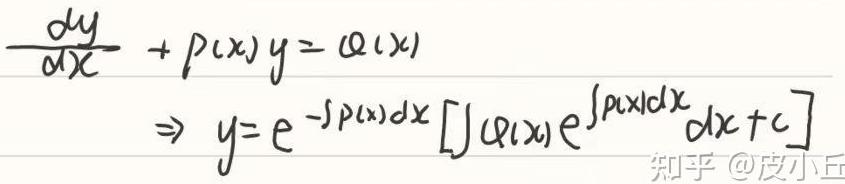
\[
\frac{dy}{dx} + p(x)y = Q(x) \Rightarrow y = e^{-\int p(x)dx} \left[ \int Q(x) e^{\int p(x)dx} dx + C \right]
\]